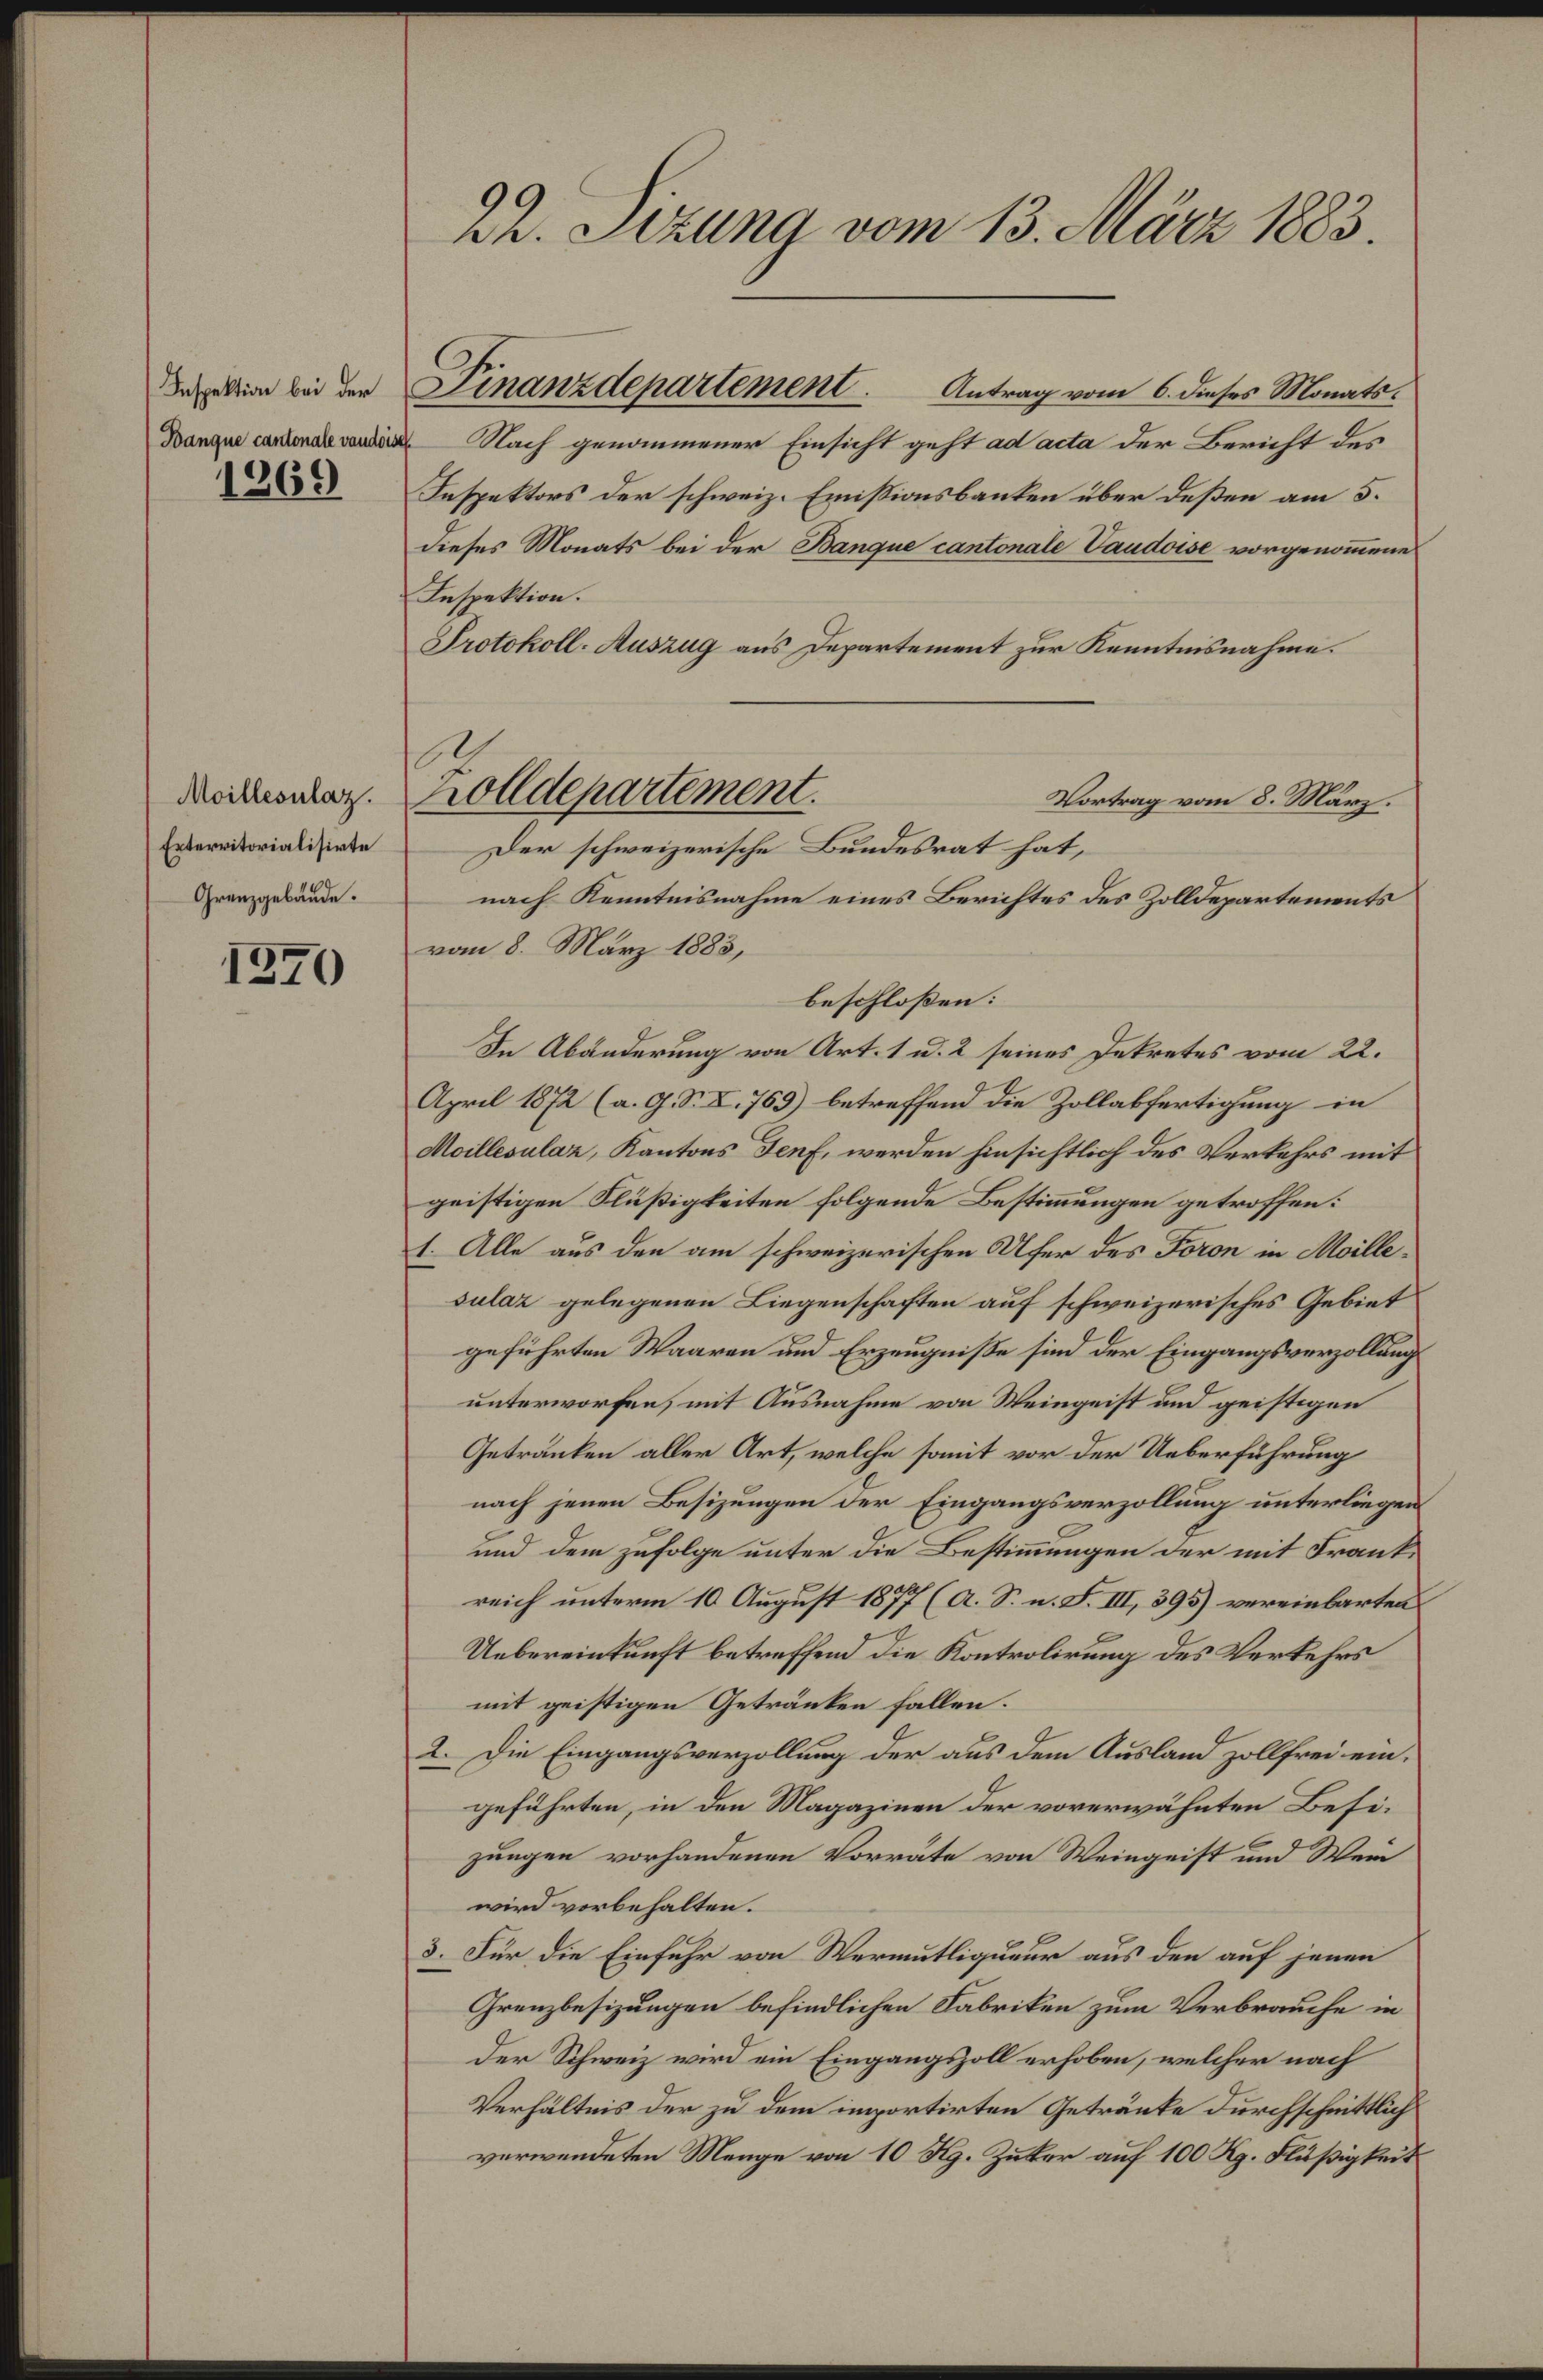
Inspektion bei der
Banque cantonale vaudoisch

1369

Moillesnlaz.
Exterritorialisirte
Grenzgebäude.

1370

22. Sizung vom 13. März 1883.

Antrag vom 6. dieses Monats¬
Nach genommener Einsicht geht ad acta der Bericht des
Inspektors der schweiz. Emissionsbanken über deßen am 5.
dieses Monats bei der Banque cantonale Vaudoise vorgenommene
Inspektion.
Protokoll-Auszug aus Departement zur Kenntnisnahme.

Finanzdepartement

vom 8. März 1883,
beschloßen:
In Abänderung von Art. 1 u. 2 seines Dekretes vom 22.
April 1872 (a. G. S. X. 765) betreffend die Zollabfertigung in
Moillesulaz, Kantons Senf, werden hinsichtlich des Verkehrs mit
geistigen Flüßigkeiten folgende Bestimmungen getroffen:
1. Alle aus den am schweizerischen Ufer des Foron in Moillesulaz gelegenen Liegenschaften auf schweizerisches Gebiet
geführten Waaren und Erzeugniße sind der Eingangsverzollung
unterworfen, mit Ausnahme von Weingeist und geistigen
Getränken aller Art, welche somit vor der Ueberführung
nach jenen Besizungen der Eingangsverzollung unterliegen
und dem zufolge unter die Bestimmungen der mit Frankreich unterm 10 August 1877 (A. S. n. F. III, 395) vereinbarten
Uebereinkunft betreffend die Kontrolirung des Verkehrs
mit geistigen Getränken fallen.
2. Die Eingangsverzollung der aus dem Ausland zollfrei eingeführten, in den Magazinen der vorerwähnten Besizungen vorhandenen Vorräte von Weingeist und Wein
wird vorbehalten.
3. Für die Einfuhr von Vermutliqueur aus den auf jenen
Grenzbesizungen befindlichen Fabriken zum Verbrauche in
der Schweiz wird ein Eingangszoll erhoben, welcher nach
Verhältnis der zu dem importirten Getränke durchschnittlich
verwendeten Menge von 10 Kg. Zuber auf 100 Rp. Flüßigkeit

Zolldepartement.
Vortrag vom 8. März.
Der schweizerische Bundesrat hat,

nach Kenntnisnahme eines Berichtes des Zolldepartements